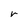
Character: r